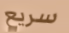
سريع